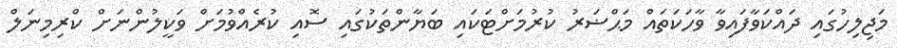
މަޖިލިހުގައި ދައްކަވާފައިވާ ވާހަކަތައް މަޙްޟަރު ކުރުމަށްޓަކައި ބަޔާންތަކުގައި ސޮއި ކުރެއްވުމަށް ވަކީލުންނަށް ކްރިމިނަލް